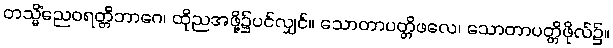
တသ္မိံညေဝရတ္တိဘာဂေ၊ ထိုညအဖို့၌ပင်လျှင်။ သောတာပတ္တိဖလေ၊ သောတာပတ္တိဖိုလ်၌။